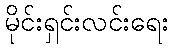
မိုင်းရှင်းလင်းရေး